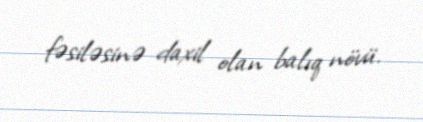
fəsiləsinə daxil olan balıq növü.